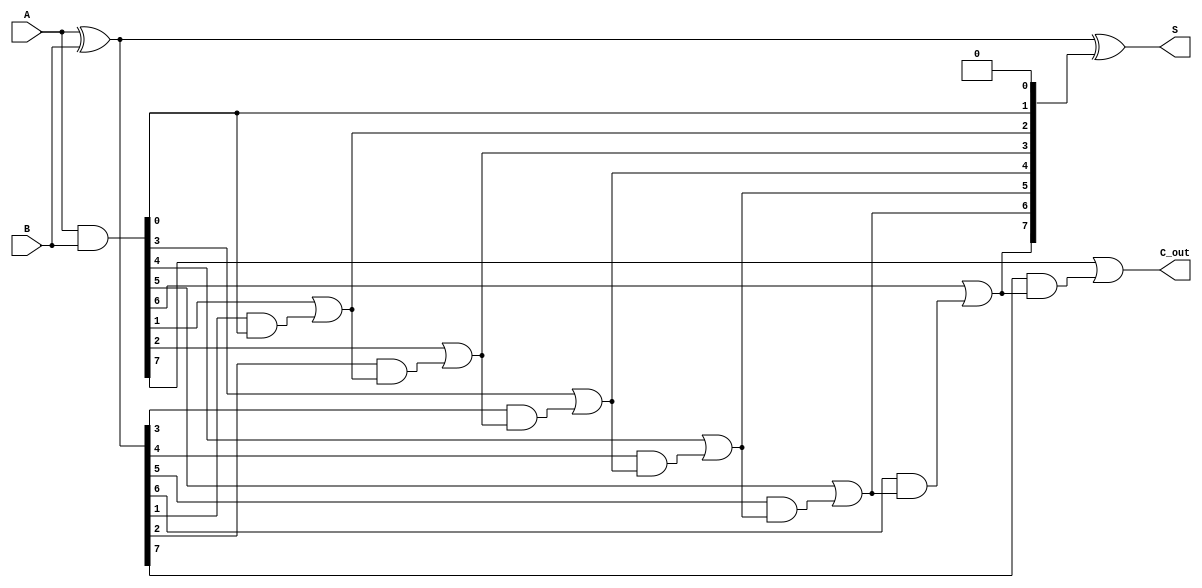
module KoggeStoneAdder #(parameter n = 8) (
    input  [n-1:0] A,      // First input
    input  [n-1:0] B,      // Second input
    output [n-1:0] S,      // Sum output
    output        C_out     // Carry out
);

    // Generate and Propagate signals
    wire [n-1:0] G; // Generate
    wire [n-1:0] P; // Propagate
    wire [n:0] C;    // Carry

    // Generate and Propagate calculations
    assign G = A & B;          // G[i] = A[i] & B[i]
    assign P = A ^ B;          // P[i] = A[i] ^ B[i]

    // Initial carry
    assign C[0] = 1'b0; // C[0] = 0

    // Kogge-Stone Prefix Network
    genvar i, j;
    generate
        // Level 1
        for (i = 0; i < n-1; i = i + 1) begin : level1
            assign C[i+1] = G[i] | (P[i] & C[i]);
        end

        // Level 2 and beyond
        for (j = 1; j < n; j = j + 1) begin : levels
            for (i = 0; i < n-j; i = i + 1) begin : level
                assign C[i+j+1] = G[i+j] | (P[i+j] & C[i+j]);
            end
        end
    endgenerate

    // Sum calculation
    assign S = P ^ C[n-1:0]; // S[i] = P[i] ^ C[i]

    // Final carry out
    assign C_out = C[n]; // C_out = C[n]

endmodule